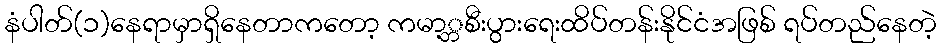
နံပါတ်(၁)နေရာမှာရှိနေတာကတော့ ကမာ့္ဘစီးပွားရေးထိပ်တန်းနိုင်ငံအဖြစ် ရပ်တည်နေတဲ့